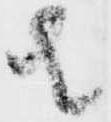
者